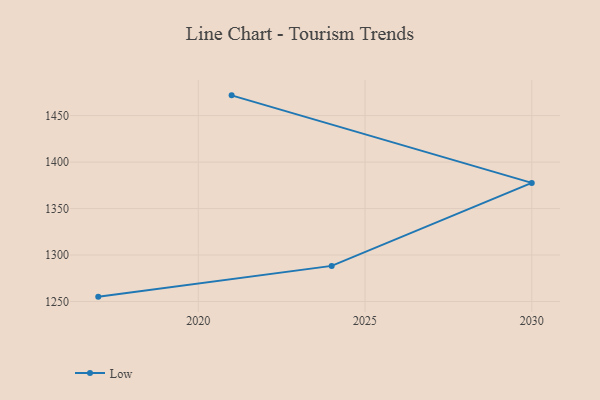
{"axis": {"x": "Year", "y": "Demand Index"}, "legend": ["Low"], "data": [{"x": "2017", "y": 1255.2, "type": "Low"}, {"x": "2024", "y": 1288.3, "type": "Low"}, {"x": "2030", "y": 1377.6, "type": "Low"}, {"x": "2021", "y": 1471.8, "type": "Low"}]}